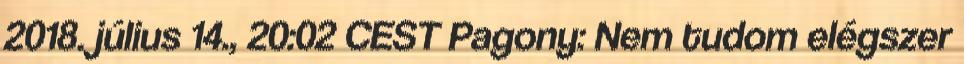
2018. július 14., 20:02 CEST Pagony: Nem tudom elégszer